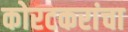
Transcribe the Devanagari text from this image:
कोरटकरांचा